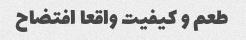
طعم و کیفیت واقعا افتضاح